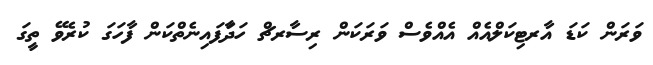
ވަރަން ކަޑަ އާރޓިކަލްއެއް އެއްވެސް ވަރަކަން ރިސާރޗް ހަދާަފައިނެތްކަން ފާހަގަ ކުރެވޭ ތީގަ